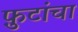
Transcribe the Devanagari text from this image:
फ़ुटांचा